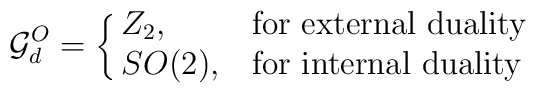
{\cal G}_d^O= \cases{Z_2,&for $\mbox{external duality}$\cr	SO(2),&for $\mbox{internal duality}$\cr}